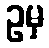
ဥမှ